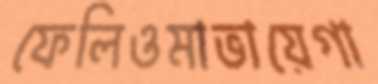
ফেলিওমাভায়েগা